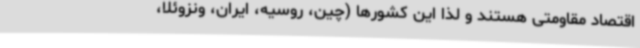
اقتصاد مقاومتی هستند و لذا این کشورها (چین، روسیه، ایران، ونزوئلا،